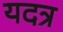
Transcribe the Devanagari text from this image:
यदत्र